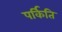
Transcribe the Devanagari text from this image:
पर्किति